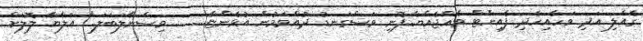
ގެއްލި އަދި ވަހާއިހެދި ފެއިންޓް ވެއްޖެއްޔާ..ފޮނި ވަސްގަނޑު ދުއްވަމުން އުޅެންޏާ............ވިސްނާލަބަލަ.." އަލާޔާ ލޮލަށް